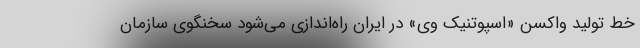
خط تولید واکسن «اسپوتنیک وی» در ایران راه‌اندازی می‌شود سخنگوی سازمان